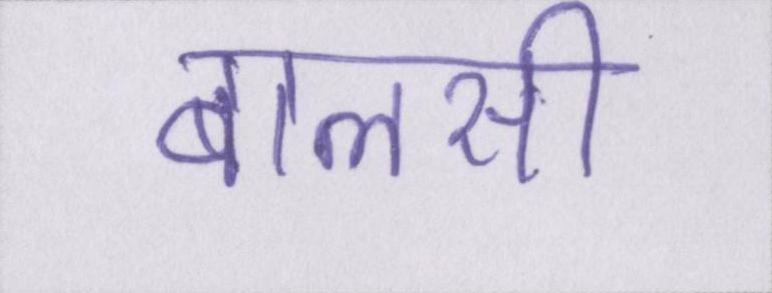
बालसी